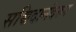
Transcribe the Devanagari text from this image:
सच्चिदानंदरुप